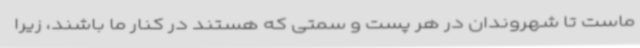
ماست تا شهروندان در هر پست و سمتی که هستند در کنار ما باشند، زیرا